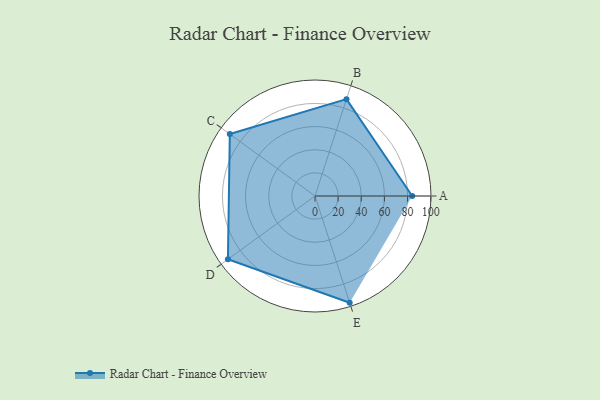
{"axis": {"x": "Skill", "y": "Score"}, "legend": ["Profile"], "data": [{"x": "A", "y": 84.0, "type": "Profile"}, {"x": "B", "y": 88.0, "type": "Profile"}, {"x": "C", "y": 91.0, "type": "Profile"}, {"x": "D", "y": 93.0, "type": "Profile"}, {"x": "E", "y": 97.0, "type": "Profile"}]}